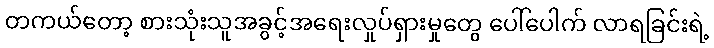
တကယ်တော့ စားသုံးသူအခွင့်အရေးလှုပ်ရှားမှုတွေ ပေါ်ပေါက် လာရခြင်းရဲ့